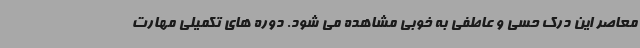
معاصر این درک حسی و عاطفی به خوبی مشاهده می شود. دوره های تکمیلی مهارت